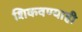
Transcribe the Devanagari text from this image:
शिकवण्याही